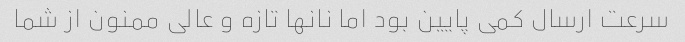
سرعت ارسال کمی پایین بود اما نانها تازه و عالی ممنون از شما